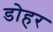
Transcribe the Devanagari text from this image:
डोहर